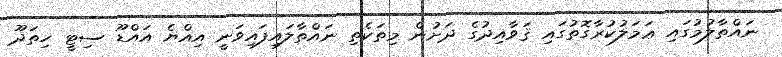
ނައްތާލުމުގައި ޢަމަލުކުރާގޮތުގައި ޤަވާއިދުގެ ދަށުން މިތަކެތި ނައްތާލައިފައިވަނީ އިއްޔެ އައްޑޫ ސިޓީ ހިތަދޫ